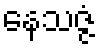
နေသဇ္ဇံ